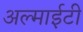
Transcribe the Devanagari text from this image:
अल्माईटी